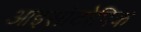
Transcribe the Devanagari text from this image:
आइसोटोपिक